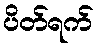
ပိတ်ရက်